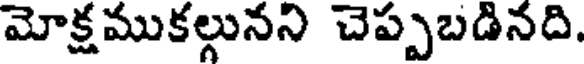
మోక్షముకల్గునని చెప్పబడినది.